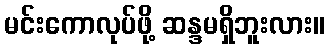
မင်းကောလုပ်ဖို့ ဆန္ဒမရှိဘူးလား။